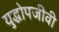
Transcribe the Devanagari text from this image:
युद्धोपजीवी